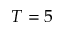
T = 5